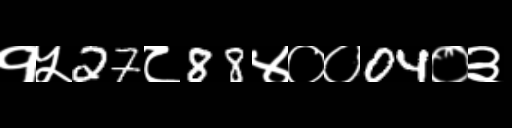
Text: १५27८88४००04०३